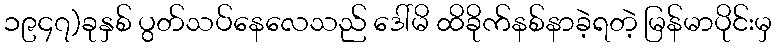
၁၉၄၇)ခုနှစ် ပွတ်သပ်နေလေသည် ဒေါ်မိ ထိခိုက်နစ်နာခဲ့ရတဲ့ မြန်မာပိုင်းမှ